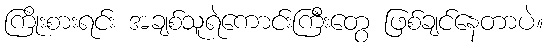
ကြိုးစားရင်း အချစ်သူရဲကောင်းကြီးတွေ ဖြစ်ချင်နေတာပဲ။